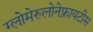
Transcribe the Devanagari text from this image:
ग्लोमेरुलोनेफ्रायटीस